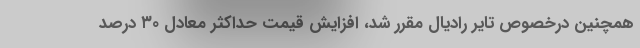
همچنین درخصوص تایر رادیال مقرر شد، افزایش قیمت حداکثر معادل ۳۰ درصد